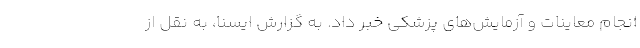
انجام معاینات و آزمایش‌های پزشکی خبر داد. به گزارش ایسنا، به نقل از